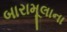
બારામૂલાના